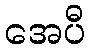
အေပီ